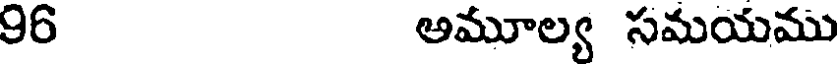
96 అమూల్య సమయము